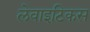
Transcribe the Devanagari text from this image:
लेवाइटिकस